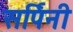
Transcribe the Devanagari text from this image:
सर्पिनी